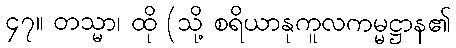
၄၇။ တသ္မာ၊ ထို (သို့ စရိယာနုကူလကမ္မဋ္ဌာန၏